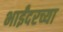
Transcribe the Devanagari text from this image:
भाईंदरच्या